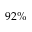
9 2 \%